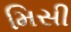
મિસી